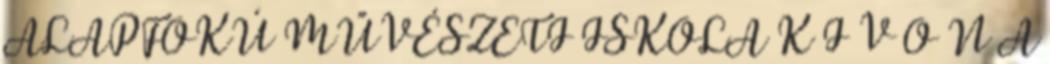
ALAPFOKÚ MŰVÉSZETI ISKOLA K I V O N A